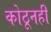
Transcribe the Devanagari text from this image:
कोठूनही